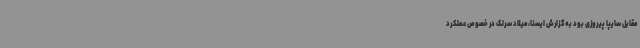
مقابل سایپا پیروزی بود به گزارش ایسنا، میلاد سرلک در خصوص عملکرد